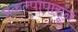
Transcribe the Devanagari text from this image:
प्रकल्पापासून